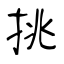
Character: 挑